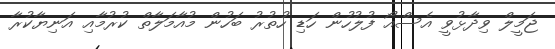
ޖަމީލް ވިދާޅުވީ އެސްއޯ ފުލުހުން ހަޑި ހުތުރު ބަހުން މުއާމަލާތް ކުރުމާއި އަނިޔާކުރާ